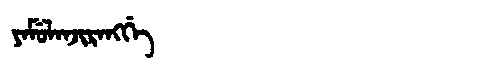
Manchu: ᠶᠠᠮᡠᠯᠠᠨᠵᡳᡵᠠᠩᡤᡝ
Romanization: YAMULANJIRANGGE